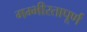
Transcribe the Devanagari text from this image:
गम्भीरतापूर्ण